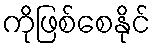
ကိုဖြစ်စေနိုင်